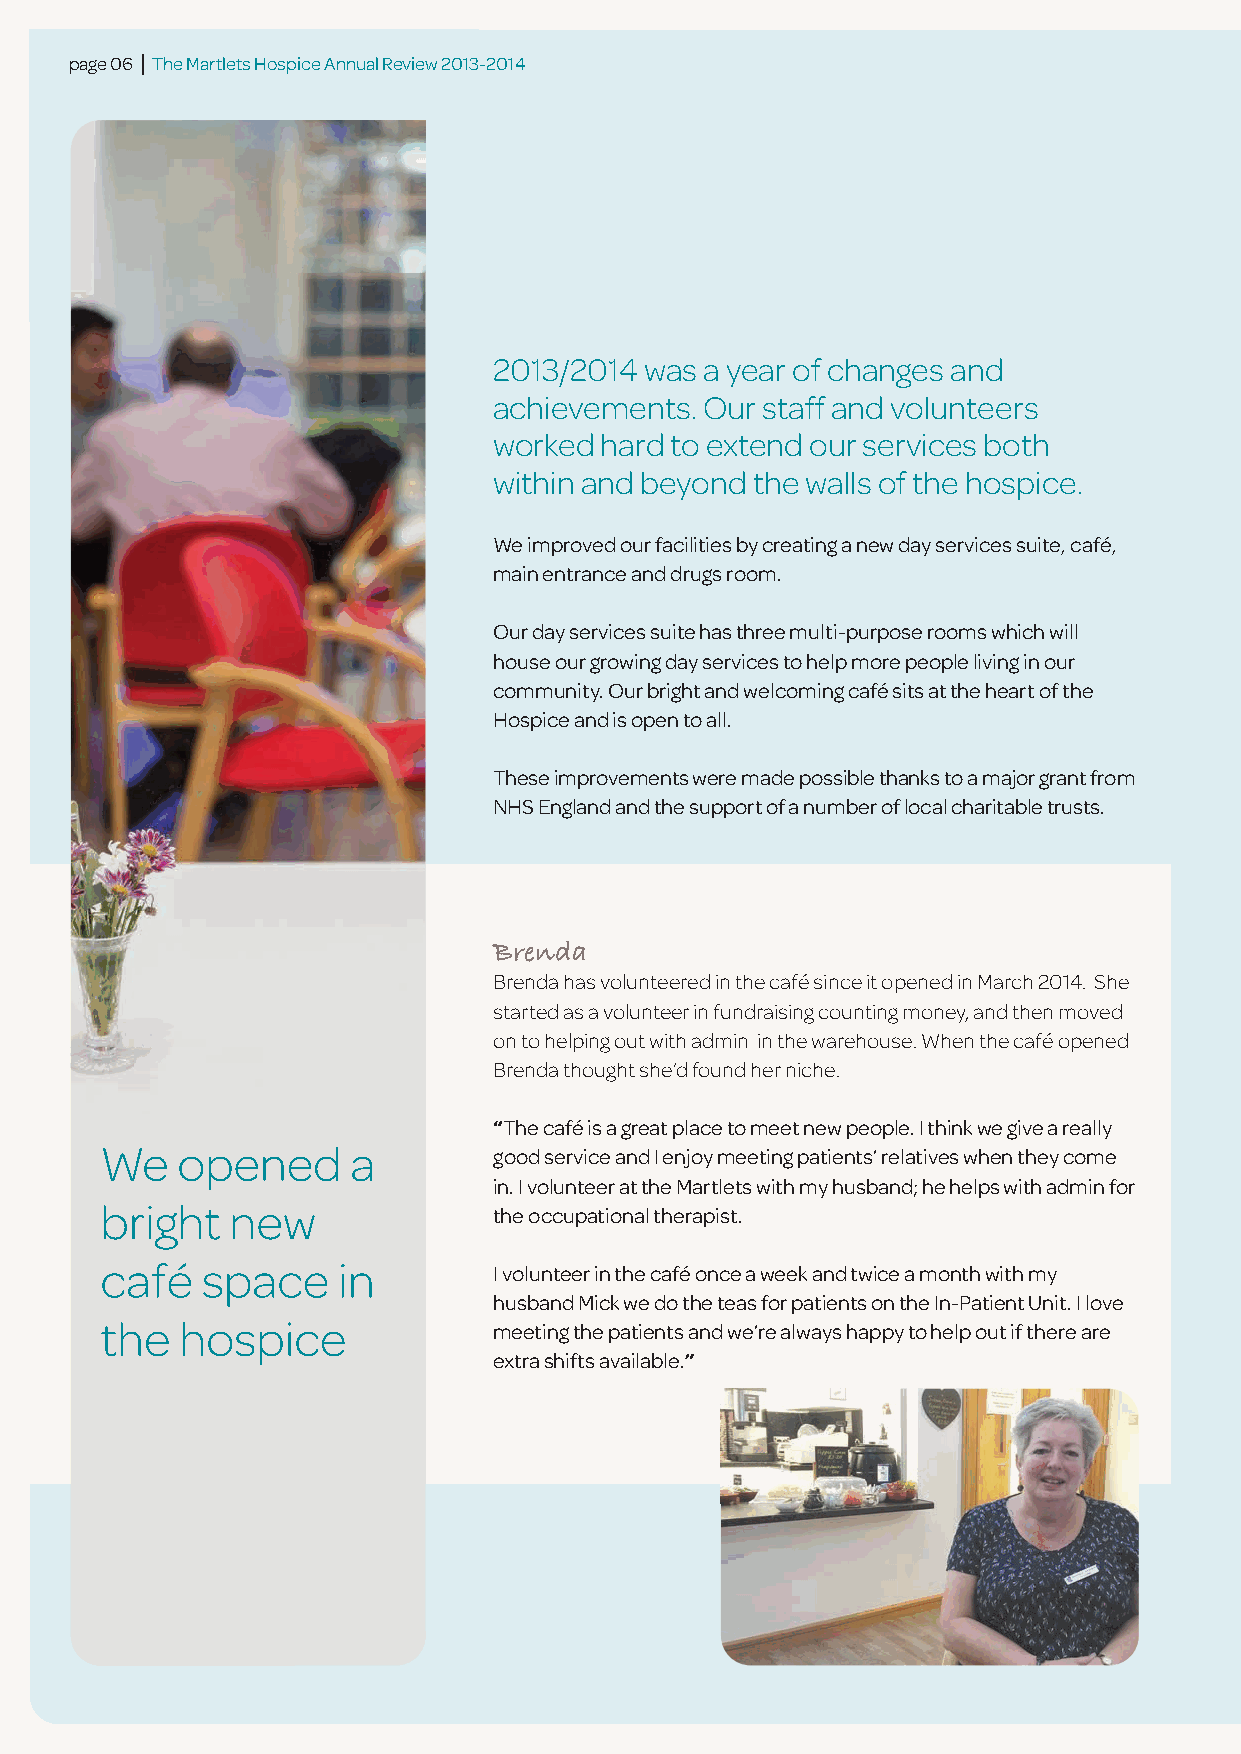
page 06 | The Martlets Hospice Annual Review 2013-2014
 2013/2014 was a year of changes and
 achievements. Our staff and volunteers
 worked hard to extend our services both
 within and beyond the walls of the hospice.
 We improved our facilities by creating a new day services suite, café,
 main entrance and drugs room.
 Our day services suite has three multi-purpose rooms which will
 house our growing day services to help more people living in our
 community. Our bright and welcoming café sits at the heart of the
 Hospice and is open to all.
 These improvements were made possible thanks to a major grant from
 NHS England and the support of a number of local charitable trusts.
 Brenda
 Brenda has volunteered in the café since it opened in March 2014. She
 started as a volunteer in fundraising counting money, and then moved
 on to helping out with admin in the warehouse. When the café opened
 Brenda thought she’d found her niche.
 “The café is a great place to meet new people. I think we give a really
 We   opened     a         good service and I enjoy meeting patients’ relatives when they come
 in. I volunteer at the Martlets with my husband; he helps with admin for
 bright  new               the occupational therapist.
 café  space    in         I volunteer in the café once a week and twice a month with my
 husband Mick we do the teas for patients on the In-Patient Unit. I love
 the  hospice              meeting the patients and we’re always happy to help out if there are
 extra shifts available.”